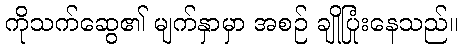
ကိုသက်ဆွေ၏ မျက်နှာမှာ အစဉ် ချိုပြုံးနေသည်။